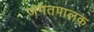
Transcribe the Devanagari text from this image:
जगतपालक